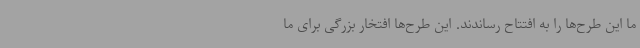
ما این طرح‌ها را به افتتاح رساندند. این طرح‌ها افتخار بزرگی برای ما